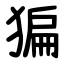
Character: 猵